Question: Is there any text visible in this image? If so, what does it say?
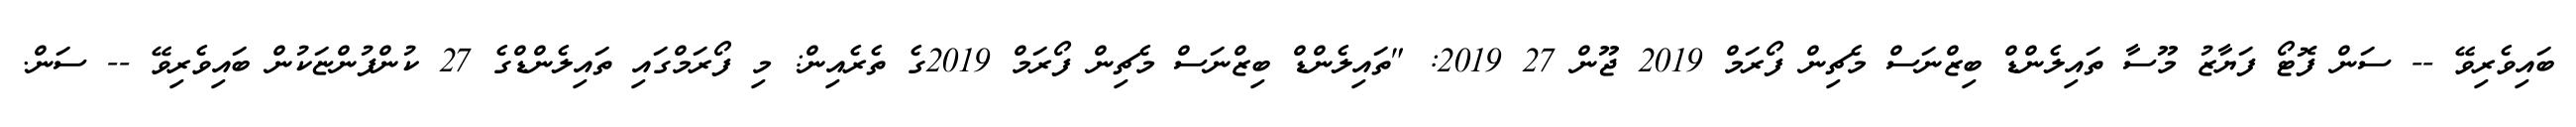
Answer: ބައިވެރިވޭ -- ސަން ފޮޓޯ ފަޔާޒު މޫސާ ތައިލެންޑް ބިޒްނަސް މެޗިން ފޯރަމް 2019 ޖޫން 27 2019: "ތައިލެންޑް ބިޒްނަސް މެޗިން ފޯރަމް 2019ގެ ތެރެއިން: މި ފޯރަމްގައި ތައިލެންޑްގެ 27 ކުންފުންޏަކުން ބައިވެރިވޭ -- ސަން.